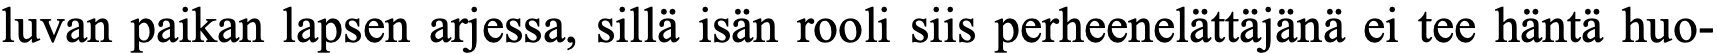
luvan paikan lapsen arjessa, sillä isän rooli siis perheenelättäjänä ei tee häntä huo-